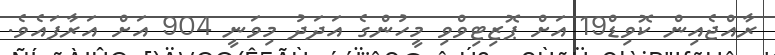
ރާއްޖެއިން ކޮވިޑް19 އަށް ޕޮޒިޓިވްވި މީހުންގެ އަދަދު މިވަނީ 904 އަށް އަރާފައެވެ.